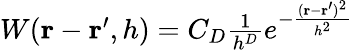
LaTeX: \begin{array}{r}{W(\mathbf{r}-\mathbf{r}^{\prime},h)=C_{D}\frac{1}{h^{D}}e^{-\frac{(\mathbf{r}-\mathbf{r}^{\prime})^{2}}{h^{2}}}}\end{array}